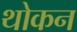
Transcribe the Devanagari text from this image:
थोकन